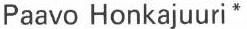
Paavo Honkajuuri *